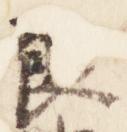
良